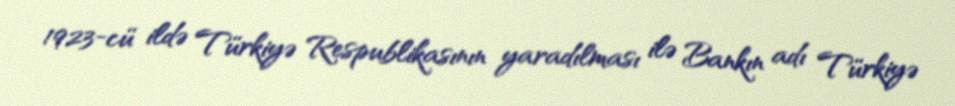
1923-cü ildə Türkiyə Respublikasının yaradılması ilə Bankın adı Türkiyə